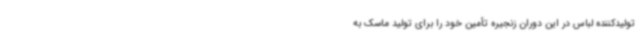
تولیدکننده لباس در این دوران زنجیره تأمین خود را برای تولید ماسک به